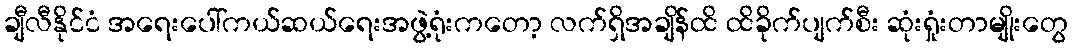
ချီလီနိုင်ငံ အရေးပေါ်ကယ်ဆယ်ရေးအဖွဲ့ရုံးကတော့ လက်ရှိအချိန်ထိ ထိခိုက်ပျက်စီး ဆုံးရှုံးတာမျိုးတွေ